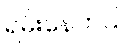
ရမ်းနေတယ်။